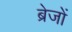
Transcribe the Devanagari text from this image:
ब्रेजों